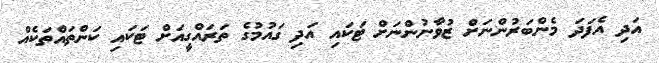
އަދި އެފަދަ މެންބަރުންނަށް ޒުވާނުންނަށް ޓަކައި އަދި ގައުމުގެ ތަރައްގީއަށް ޓަކައި ކަންތައްތަކެއް